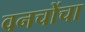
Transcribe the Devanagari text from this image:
वनचोंचा